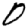
Digit: 0